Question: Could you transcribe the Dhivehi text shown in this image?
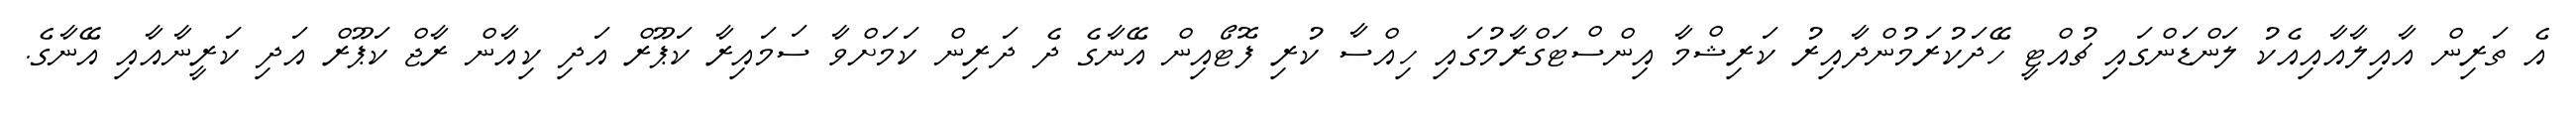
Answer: އެ ތަރިން އާއިލާއާއިއެކު ލަންޑަންގައި ޗުއްޓީ ހޭދަކުރަމުންދާއިރު ކަރިޝްމާ އިންސްޓަގްރާމުގައި ހިއްސާ ކުރި ފޮޓޯއިން އޭނާގެ ދެ ދަރިން ކަމަށްވާ ސަމައިރާ ކަޕޫރް އަދި ކިއާން ރާޖް ކަޕޫރް އަދި ކަރީނާއާއި އޭނާގެ.